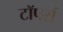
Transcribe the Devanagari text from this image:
टॉपर्स